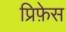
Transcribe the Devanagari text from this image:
प्रिफ़ेस